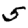
Digit: 5